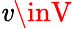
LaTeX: \mathit{v}\inV